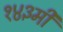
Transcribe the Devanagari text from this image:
१४३मी